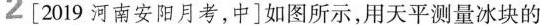
2 [2019河南安阳月考，中]如图所示，用天平测量冰块的